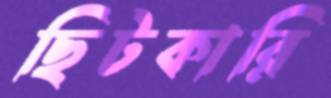
ছিটকারি